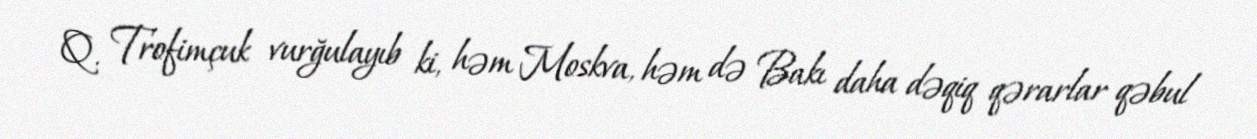
Q. Trofimçuk vurğulayıb ki, həm Moskva, həm də Bakı daha dəqiq qərarlar qəbul